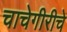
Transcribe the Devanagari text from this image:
चाचेगीरीचे